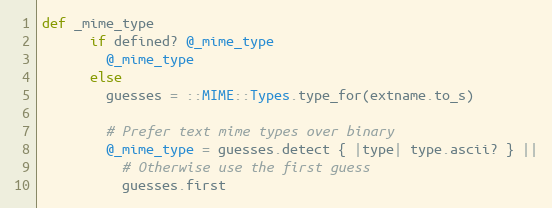
Language: Ruby
def _mime_type
      if defined? @_mime_type
        @_mime_type
      else
        guesses = ::MIME::Types.type_for(extname.to_s)

        # Prefer text mime types over binary
        @_mime_type = guesses.detect { |type| type.ascii? } ||
          # Otherwise use the first guess
          guesses.first